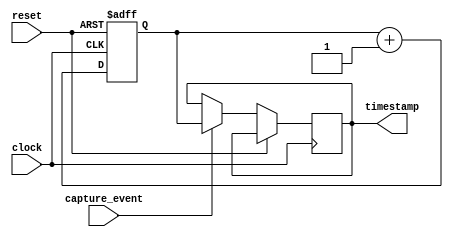
module time_stamp_timer (
    input clock,
    input reset,
    input capture_event,
    output reg [31:0] timestamp
);

reg [31:0] current_time;
reg [31:0] capture_time;

always @ (posedge clock or posedge reset) begin
    if (reset) begin
        current_time <= 32'd0;
        capture_time <= 32'd0;
    end
    else begin
        current_time <= current_time + 1;
        
        if (capture_event) begin
            timestamp <= current_time;
        end
    end
end

endmodule